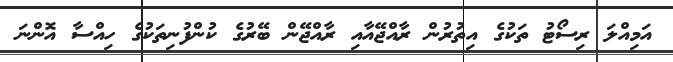
އަމިއްލަ ރިސޯޓު ތަކުގެ އިތުރުން ރާއްޖޭއާއި ރާއްޖޭން ބޭރުގެ ކުންފުނިތަކުގެ ހިއްސާ އޮންނަ